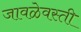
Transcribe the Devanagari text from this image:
जावळेवस्ती